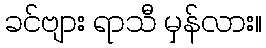
ခင်ဗျား ရာသီ မှန်လား။